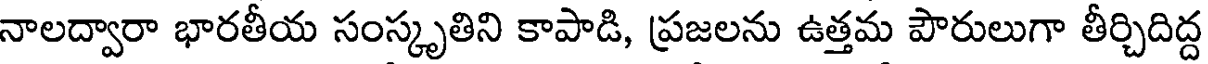
నాలద్వారా భారతీయ సంస్కృతిని కాపాడి, ప్రజలను ఉత్తమ పౌరులుగా తీర్చిదిద్ద